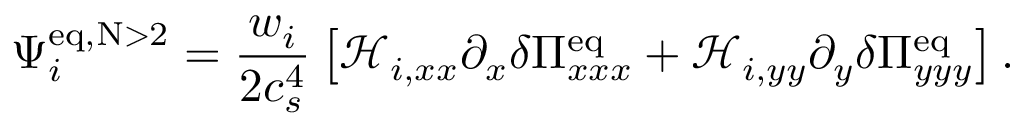
\Psi _ { i } ^ { \mathrm { e q , N > 2 } } = \frac { w _ { i } } { 2 c _ { s } ^ { 4 } } \left[ \mathcal { H } _ { i , x x } \partial _ { x } \delta \Pi _ { x x x } ^ { \mathrm { e q } } + \mathcal { H } _ { i , y y } \partial _ { y } \delta \Pi _ { y y y } ^ { \mathrm { e q } } \right] .